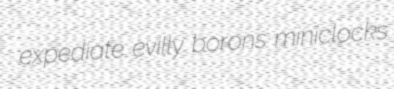
expediate evilly borons miniclocks